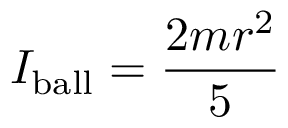
I _ { \mathrm { b a l l } } = { \frac { 2 m r ^ { 2 } } { 5 } }